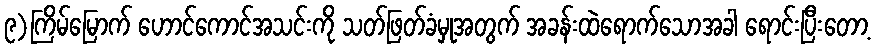
၉)ကြိမ်မြောက် ဟောင်ကောင်အသင်းကို သတ်ဖြတ်ခံမှုအတွက် အခန်းထဲရောက်သောအခါ ရောင်းပြီးတော့